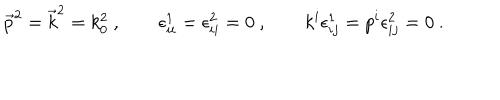
LaTeX: \vec { p } ^ { 2 } = \vec { k } ^ { 2 } = k _ { 0 } ^ { 2 } \ , \qquad \epsilon _ { i i } ^ { 1 } = \epsilon _ { i i } ^ { 2 } = 0 \ , \qquad k ^ { i } \epsilon _ { i j } ^ { 1 } = p ^ { i } \epsilon _ { i j } ^ { 2 } = 0 \ .